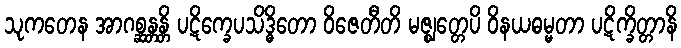
သုကတေန အာဂစ္ဆန္တန္တိ ပဋိက္ခေပသိဒ္ဓိတော ဝိဇေတီတိ မဇ္ဈတ္တေပိ ဝိနယဓမ္မတာ ပဋိက္ခိတ္တာနိ